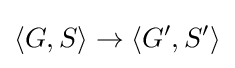
\langle G,S\rangle \rightarrow \langle G',S'\rangle